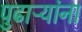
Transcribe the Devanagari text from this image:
पुढाऱ्यांना